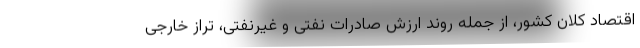
اقتصاد کلان کشور، از جمله روند ارزش صادرات نفتی و غیرنفتی، تراز خارجی